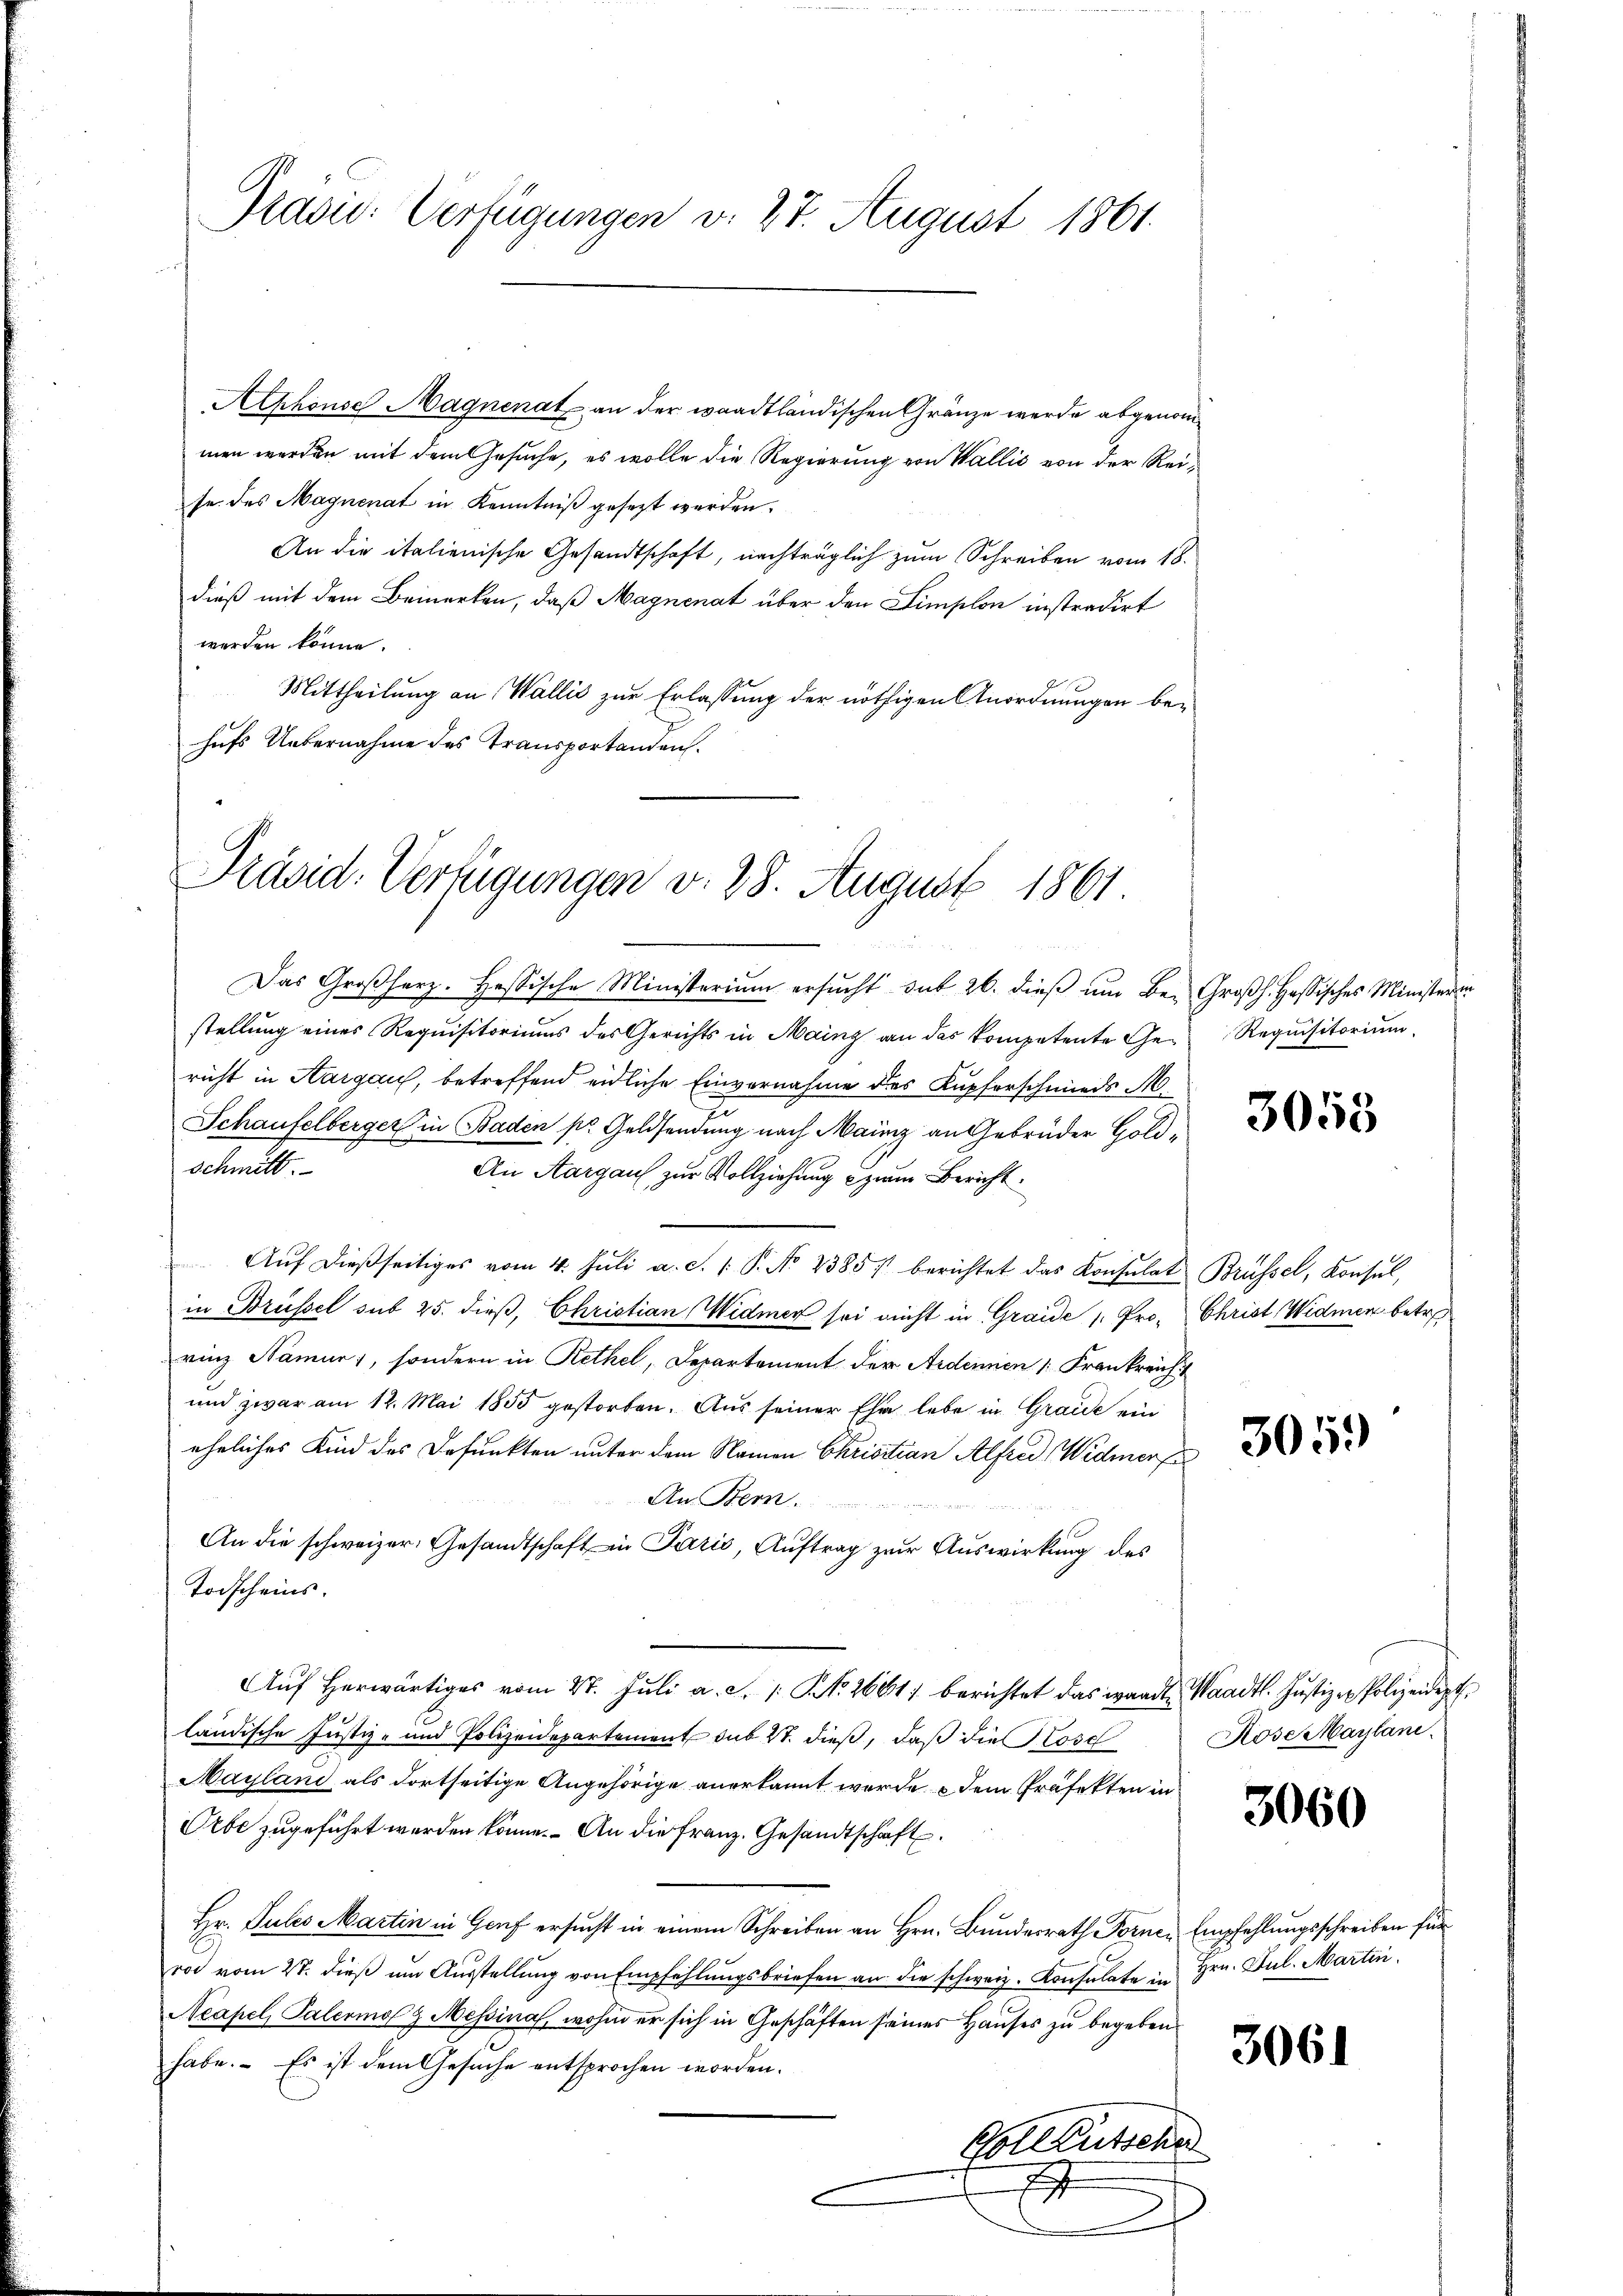
Präsid. Verfügungen v. 27. August 1861.

Aephonse Magnenat an der waadtländischen Gränze werde abgenommen werden mit dem Gesuche, es wolle die Regierung von Wallis von der Reise des Magnenat in Kenntniß gesezt werden.
An die italienische Gesandtschaft, nachträglich zum Schreiben vom 18.
dieß mit dem Bemerken, daß Magnenat über den Limplon instradirt
werden könne.
Mittheilung an Wallis zur Erlassung der nöthigen Anordnungen behufs Uebernahme des Transportanden.

Präsid. Verfügungen v. 28. August 1861

Das Großherz. Hessische Ministerium ersucht sub 26. dieß um Be- Großh. Hassisches Ministeren
stellung eines Requisitoriums des Gerichts in Mainz an das kompetente Ge- Requisitorium
richt in Aargau, betreffend eidliche Einvernahme des Kupferschmieds M
Schaufelberger in Baden pr. Geldsendung nach Mainz an Gebrüder Goldschmitt.
An Aargau, zur Vollziehung zum Bericht
Aŭf dießseitiges vom 4. Jŭli a. c. 1. P. No 2385/ berichtet das Konsulat Brüssel, Konsul,
in Brüssel sub 25. dieß, Christian Widmer sei nicht in Graide Pro- Christ Widmen betr.
rinz Namur), sondern in Rethel, Departement der Ardenen [Frankreich
und zwar am 12. Mai 1855 gestorben. Aus seiner Ehe lebe in Grade ein
eheliches Kind des Befunkten unter dem Namen Christian Alfred Widmerf
 1882
An Bern.
An die schweizer. Gesandtschaft in Paris, Auftrag zur Auswirkung des
Todscheins.
Auf herwärtiges vom 27. Juli a. c. 1. No. 2661/ berichtet das wardt, Waadt. Justiz & Polizeident
ländische Justiz- und Polizeidepartement sub 27. dieß, daß die Lose
Mayland als dortseitige Angehörige anerkannt wurde & dem Präfekten in
Orbe zugeführt werden könne. An die Franz. Gesandtschaft
Hr. Pules Martin in Genf ersucht in einem Schreiben an Hrn. Bundesrath Fornen Empfehlungsschreiben für
rot vom 27. dieß um Ausstellung von Empfehlungsbriefen an die schweiz. Konsulate in Hrn. Jul. Martin
Neapel, Palermo & Messina, wohin er sich in Geschäften seines Hauses zu begeben
habe. Es ist dem Gesuche entsprochen worden.
Gotleutsche
1
x

3055

305.

Rose Maylani

3060

3061